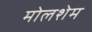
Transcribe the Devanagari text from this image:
मोलशेम